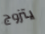
يتزوج